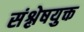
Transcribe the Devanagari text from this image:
संश्लेषयुक्त